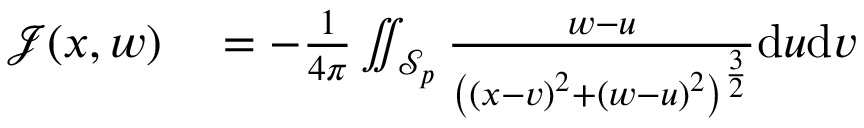
\begin{array} { r l } { \mathcal { J } ( x , w ) } & { { } = - \frac { 1 } { 4 \pi } \iint _ { \mathcal { S } _ { p } } \frac { w - u } { \left( \left( x - v \right) ^ { 2 } + \left( w - u \right) ^ { 2 } \right) ^ { \frac { 3 } { 2 } } } \mathrm { d } u \mathrm { d } v } \end{array}